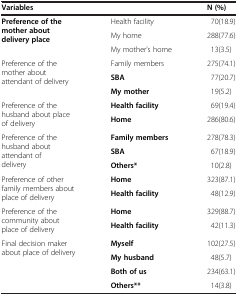
<table><thead><tr><td><b>Variables</b></td><td><b> </b></td><td><b>N (%)</b></td></tr></thead><tbody><tr><td rowspan="3"><b>Preference of the mother about delivery place</b></td><td>Health facility</td><td>70(18.9)</td></tr><tr><td>My home</td><td>288(77.6)</td></tr><tr><td>My mother’s home</td><td>13(3.5)</td></tr><tr><td rowspan="3">Preference of the mother about attendant of delivery</td><td>Family members</td><td>275(74.1)</td></tr><tr><td><b>SBA</b></td><td>77(20.7)</td></tr><tr><td><b>My mother</b></td><td>19(5.2)</td></tr><tr><td rowspan="2">Preference of the husband about place of delivery</td><td><b>Health facility</b></td><td>69(19.4)</td></tr><tr><td><b>Home</b></td><td>286(80.6)</td></tr><tr><td rowspan="3">Preference of the husband about attendant of delivery</td><td><b>Family members</b></td><td>278(78.3)</td></tr><tr><td><b>SBA</b></td><td>67(18.9)</td></tr><tr><td><b>Others*</b></td><td>10(2.8)</td></tr><tr><td rowspan="2">Preference of other family members about place of delivery</td><td><b>Home</b></td><td>323(87.1)</td></tr><tr><td><b>Health facility</b></td><td>48(12.9)</td></tr><tr><td rowspan="2">Preference of the community about place of delivery</td><td><b>Home</b></td><td>329(88.7)</td></tr><tr><td><b>Health facility</b></td><td>42(11.3)</td></tr><tr><td>Final decision maker about place of delivery</td><td><b>Myself</b></td><td>102(27.5)</td></tr><tr><td> </td><td><b>My husband</b></td><td>48(5.7)</td></tr><tr><td> </td><td><b>Both of us</b></td><td>234(63.1)</td></tr><tr><td> </td><td><b>Others**</b></td><td>14(3.8)</td></tr></tbody></table>